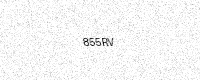
Text: 855RV